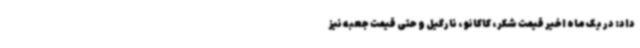
داد: در یک ماه اخیر قیمت شکر، کاکائو ، نارگیل و حتی قیمت جعبه نیز